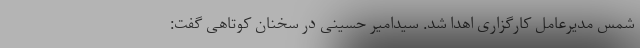
شمس مدیرعامل کارگزاری اهدا شد. سیدامیر حسینی در سخنان کوتاهی گفت: